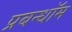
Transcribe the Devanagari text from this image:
प्रबन्धॉम